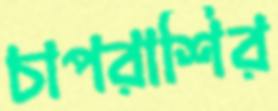
চাপরাশির